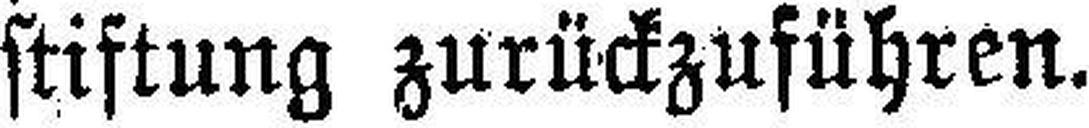
stiftung zurückzuführen.